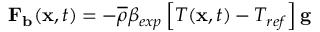
\mathbf { F _ { b } } ( \mathbf { x } , t ) = - \overline { { \rho } } \beta _ { e x p } \left[ T ( \mathbf { x } , t ) - T _ { r e f } \right] \mathbf { g }